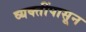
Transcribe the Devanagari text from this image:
व्यक्तींपासून